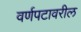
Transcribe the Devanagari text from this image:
वर्णपटावरील